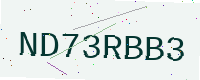
Text: ND73RBB3